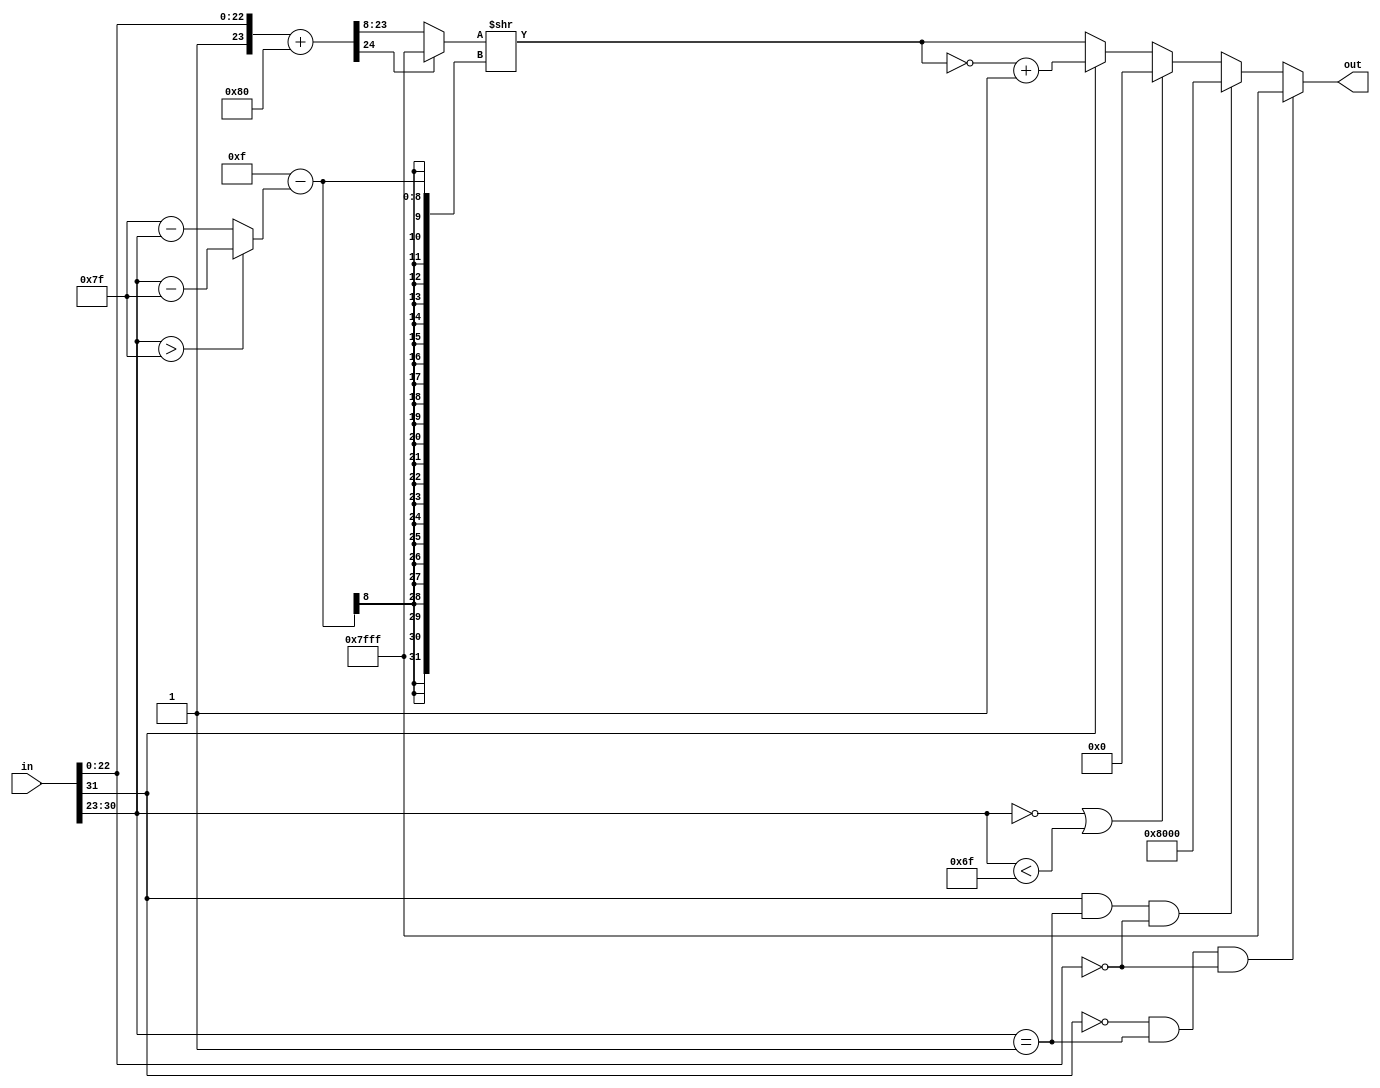
module float_to_iq

  #(parameter BITS_IN = 32,
    parameter BITS_OUT = 16
    )

   (

    input [31:0]   in,
    output [15:0] out
    );

   //flags

   wire 		   neg_inf;
   wire 		   pos_inf;
   wire 		   denorm;
   wire tiny_exp;
   


   assign pos_inf = (in[31] == 0 && in[30:23] == 1 && in[22:0] == 0);
   assign neg_inf = (in[31] == 1 && in[30:23] == 1 && in[22:0] == 0);
   assign denorm = (in[30:23] == 0);
   assign tiny_exp = (in[30:23] < 'd111);
   
   
   



   wire [23:0] 		   implied_bit_fraction;
   wire [24:0] 		   operation_round;
   wire [15:0] 		   round_fraction;
   wire [15:0] 		   shifted_fraction;
   wire [7:0] 		   shift_val;

   wire [22:0] 		   true_frac;
   

   
   
   assign shift_val = (in[30:23] > 127)? (in[30:23] - 127): (127 - in[30:23]);
   assign implied_bit_fraction = {1'b1,in[22:0]};
 
   
   
   assign operation_round = (implied_bit_fraction + 'h000080);
   

   //testing for overflow
   assign round_fraction = (operation_round[24] == 0)?(operation_round[23:8]):(16'h7FFF);
   //shift the rounded value
   wire [15:0] shift = round_fraction >> (15 - shift_val);
   //2's complement the shifted output if the signed bit is 1
   wire [15:0] final_val = (in[31] == 1)?(~shift + 1'b1):shift;
   
   

   assign out = (pos_inf)?{1'b0,15'h7FFF}:(neg_inf)?{1'b1,15'h8000}:(denorm || tiny_exp)? 16'b0: final_val;
   


endmodule